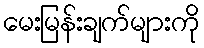
မေးမြန်းချက်များကို